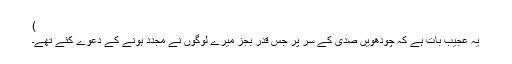
)
یہ عجیب بات ہے کہ چودھویں صدی کے سر پر جس قدر بجز میرے لوگوں نے مجدّد ہونے کے دعوے کئے تھے۔